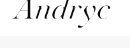
Andryc